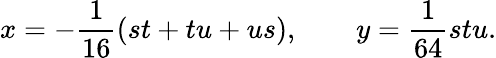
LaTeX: x=-{\frac{1}{16}}(st+tu+us),\qquad y={\frac{1}{64}}stu.